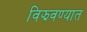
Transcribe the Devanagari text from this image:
विझवण्यात